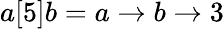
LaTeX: a[5]b=a\rightarrow b\rightarrow 3